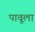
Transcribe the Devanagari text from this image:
पावूला